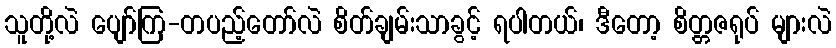
သူတို့လဲ ပျော်ကြ-တပည့်တော်လဲ စိတ်ချမ်းသာခွင့် ရပါတယ်၊ ဒီတော့ စိတ္တဇရုပ် များလဲ